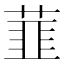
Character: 𬝛